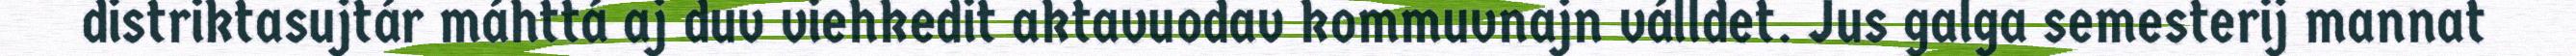
distriktasujtár máhttá aj duv viehkedit aktavuodav kommuvnajn válldet. Jus galga semesterij mannat